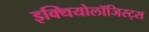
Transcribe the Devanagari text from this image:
इक्थियोलॉजिस्ट्स